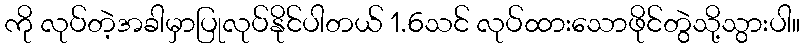
ကို လုပ်တဲ့အခါမှာပြုလုပ်နိုင်ပါတယ် 1.6သင် လုပ်ထားသောဖိုင်တွဲသို့သွားပါ။